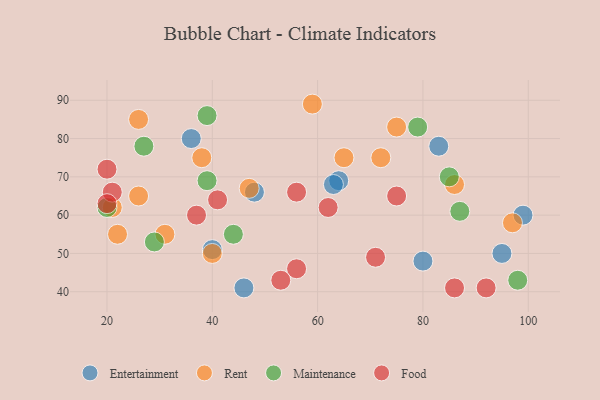
{"axis": {"x": "GDP", "y": "Life Expectancy"}, "legend": ["Entertainment", "Food", "Maintenance", "Rent"], "data": [{"x": "40", "y": 51, "type": "Entertainment"}, {"x": "46", "y": 41, "type": "Entertainment"}, {"x": "99", "y": 60, "type": "Entertainment"}, {"x": "48", "y": 66, "type": "Entertainment"}, {"x": "64", "y": 69, "type": "Entertainment"}, {"x": "80", "y": 48, "type": "Entertainment"}, {"x": "63", "y": 68, "type": "Entertainment"}, {"x": "95", "y": 50, "type": "Entertainment"}, {"x": "83", "y": 78, "type": "Entertainment"}, {"x": "36", "y": 80, "type": "Entertainment"}, {"x": "72", "y": 75, "type": "Rent"}, {"x": "26", "y": 85, "type": "Rent"}, {"x": "97", "y": 58, "type": "Rent"}, {"x": "47", "y": 67, "type": "Rent"}, {"x": "21", "y": 62, "type": "Rent"}, {"x": "86", "y": 68, "type": "Rent"}, {"x": "26", "y": 65, "type": "Rent"}, {"x": "75", "y": 83, "type": "Rent"}, {"x": "65", "y": 75, "type": "Rent"}, {"x": "40", "y": 50, "type": "Rent"}, {"x": "38", "y": 75, "type": "Rent"}, {"x": "59", "y": 89, "type": "Rent"}, {"x": "31", "y": 55, "type": "Rent"}, {"x": "22", "y": 55, "type": "Rent"}, {"x": "29", "y": 53, "type": "Maintenance"}, {"x": "39", "y": 86, "type": "Maintenance"}, {"x": "87", "y": 61, "type": "Maintenance"}, {"x": "20", "y": 62, "type": "Maintenance"}, {"x": "39", "y": 69, "type": "Maintenance"}, {"x": "44", "y": 55, "type": "Maintenance"}, {"x": "85", "y": 70, "type": "Maintenance"}, {"x": "98", "y": 43, "type": "Maintenance"}, {"x": "79", "y": 83, "type": "Maintenance"}, {"x": "27", "y": 78, "type": "Maintenance"}, {"x": "56", "y": 46, "type": "Food"}, {"x": "92", "y": 41, "type": "Food"}, {"x": "86", "y": 41, "type": "Food"}, {"x": "21", "y": 66, "type": "Food"}, {"x": "20", "y": 72, "type": "Food"}, {"x": "56", "y": 66, "type": "Food"}, {"x": "75", "y": 65, "type": "Food"}, {"x": "71", "y": 49, "type": "Food"}, {"x": "41", "y": 64, "type": "Food"}, {"x": "53", "y": 43, "type": "Food"}, {"x": "37", "y": 60, "type": "Food"}, {"x": "20", "y": 63, "type": "Food"}, {"x": "62", "y": 62, "type": "Food"}]}